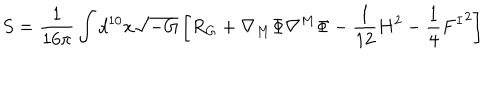
S = \frac { 1 } { 1 6 \pi } \int d ^ { 1 0 } x \sqrt { - G } \left[ R _ { G } + \nabla _ { M } \Phi \nabla ^ { M } \Phi - \frac { 1 } { 1 2 } H ^ { 2 } - \frac 1 4 { F ^ { I } } ^ { 2 } \right]